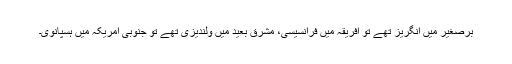
برصغیر میں انگریز تھے تو افریقہ میں فرانسیسی، مشرق بعید میں ولندیزی تھے تو جنوبی امریکہ میں ہسپانوی۔